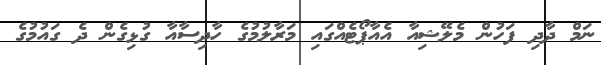
ނަމް ދާދި ފަހުން މެލޭޝިއާ އެއާޕޯޓެއްގައި މަރާލުމުގެ ހާދިސާއާ ގުޅިގެން ދެ ގައުމުގެ